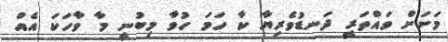
މަށަށް ވައްތަރީ ދަނޑުވެރިޔާ ކާ ހަމަ ހުވާ މިބުނީ މާ ވާހަކަ އެއް